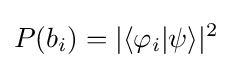
P(b_{i})=|\langle \varphi _{i}|\psi \rangle |^{2}